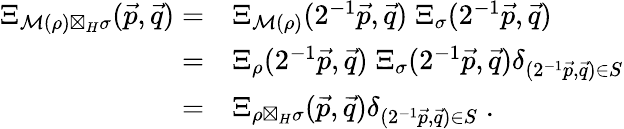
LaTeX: \begin{array}{rl}{\Xi_{\mathcal M(\rho)\boxtimes_{H}\sigma}(\vec{p},\vec{q})=}&{\Xi_{\mathcal M(\rho)}(2^{-1}\vec{p},\vec{q})\; \Xi_{\sigma}(2^{-1}\vec{p},\vec{q})}\\ {=}&{\Xi_{\rho}(2^{-1}\vec{p},\vec{q})\; \Xi_{\sigma}(2^{-1}\vec{p},\vec{q})\delta_{(2^{-1}\vec{p},\vec{q})\in S}}\\ {=}&{\Xi_{\rho\boxtimes_{H}\sigma}(\vec{p},\vec{q})\delta_{(2^{-1}\vec{p},\vec{q})\in S}\; .}\end{array}